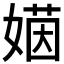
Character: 𡟻